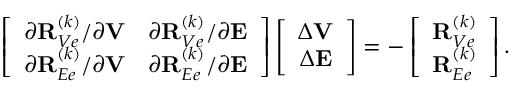
\begin{array} { r } { \left[ \begin{array} { c c } { \partial { \bf R } _ { V e } ^ { ( k ) } / \partial { \bf V } } & { \partial { \bf R } _ { V e } ^ { ( k ) } / \partial { \bf E } } \\ { \partial { \bf R } _ { E e } ^ { ( k ) } / \partial { \bf V } } & { \partial { \bf R } _ { E e } ^ { ( k ) } / \partial { \bf E } } \end{array} \right] \left[ \begin{array} { c } { \Delta { \bf V } } \\ { \Delta { \bf E } } \end{array} \right] = - \left[ \begin{array} { c } { { \bf R } _ { V e } ^ { ( k ) } } \\ { { \bf R } _ { E e } ^ { ( k ) } } \end{array} \right] . } \end{array}